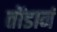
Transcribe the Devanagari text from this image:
तोंडानं